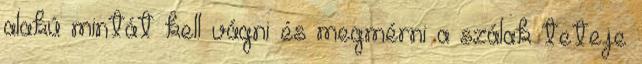
alakú mintát kell vágni és megmérni a szálak teteje